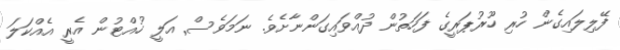
ފޭލިލައިގެން ހުރި ހޫރުޕަރީގެ ފަހަތުން ދުއްވައިގަންނާށެވެ. ނަމަވެސް